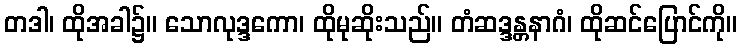
တဒါ၊ ထိုအခါ၌။ သောလုဒ္ဒကော၊ ထိုမုဆိုးသည်။ တံဆဒ္ဒန္တနာဂံ၊ ထိုဆင်ပြောင်ကို။